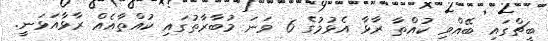
ބީޗްގައި ބޭއްވި ކުއްތާ ރާޅާ އެޅުމުގެ 6 ވަނަ މުބާރާތުގައި ކުއްތާއެއް ރާޅާއަޅަނީ.